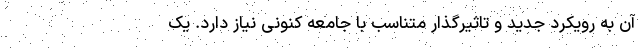
آن به رویکرد جدید و تاثیرگذار متناسب با جامعه کنونی نیاز دارد. یک